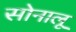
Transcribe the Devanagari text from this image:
सोनालू